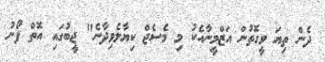
ދެން ތިޔަ ވީގޮތުން އަޒްމީނާއެކު މި މެސެޖް ކިޔާލެވިދާނެ" ޖީބުގައި އޮތް ފޯނު